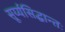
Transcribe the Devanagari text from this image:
सूर्य्यसिद्धान्तः